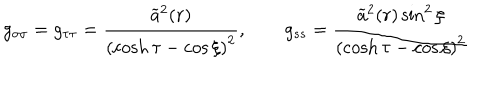
g _ { \sigma \sigma } = g _ { \tau \tau } = \frac { \widetilde { a } ^ { 2 } ( r ) } { \left( \cosh \tau - \cos \xi \right) ^ { 2 } } , \qquad g _ { s s } = \frac { \widetilde { a } ^ { 2 } ( r ) \sin ^ { 2 } \xi } { \left( \cosh \tau - \cos \xi \right) ^ { 2 } }